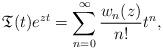
LaTeX: \begin{align*}\mathfrak{T}(t)e^{zt}=\sum_{n=0}^{\infty}\frac{w_n(z)}{n!}t^n, \end{align*}